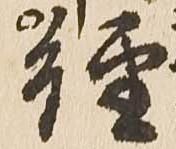
経